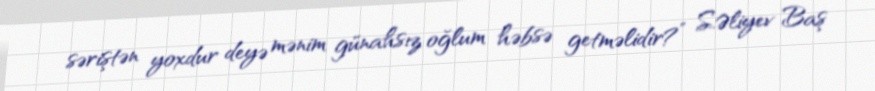
səriştən yoxdur deyə mənim günahsız oğlum həbsə getməlidir?” S.Əliyev Baş